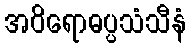
အဝိရောဓပ္ပသံသီနံ